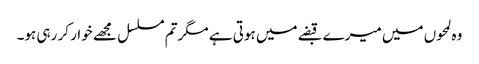
وہ لمحوں میں میرے قبضے میں ہوتی ہے مگرتم مسلسل مجھے خوار کر رہی ہو۔